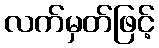
လက်မှတ်ဖြင့်